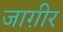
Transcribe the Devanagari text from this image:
जाग़ीर